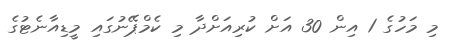
މި މަހުގެ 1 އިން 30 އަށް ކުރިއަށްދާ މި ކެމްޕޭނުގައި މީޑިއާނެޓުގެ